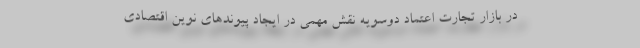
در بازار تجارت اعتماد دوسویه نقش مهمی در ایجاد پیوندهای نوین اقتصادی